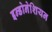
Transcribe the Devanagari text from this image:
इन्डोनेशियन